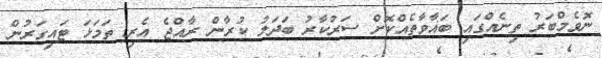
ނޮވެމްބަރު ތިނެއްގައި ބަޣާވާތެއްކޮށް ސަރުކާރު ބަދަލު ކުރާން ރާއްޖެ އެރި ތަމަޅަ ޓައިގަރުން